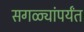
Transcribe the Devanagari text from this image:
सगळ्यांपर्यंत